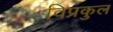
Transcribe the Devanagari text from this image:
विप्रकुल